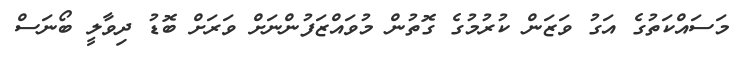
މަސައްކަތުގެ އަގު ވަޒަން ކުރުމުގެ ގޮތުން މުވައްޒަފުންނަށް ވަރަށް ބޮޑު ދިވާލީ ބޯނަސް